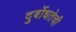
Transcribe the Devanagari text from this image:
दुर्बोधतेची